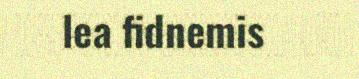
lea fidnemis